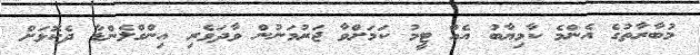
މުބާރާތުގެ އެންމެ ކާމިޔާބު އެއް ޓީމު ކަމަށްވާ ޖަރުމަނުން ވާދަވެރި އިންގްލެންޑާ ދެކޮޅަށް